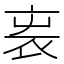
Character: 𧘫